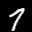
Label: 7